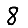
Digit: 8